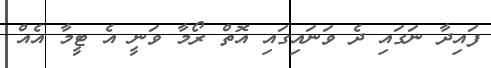
ފައިދާ ނަގައި ދެ ވަނައިގައި އޮތް ރޯމާ ވަނީ އެ ޓީމާ އެއް